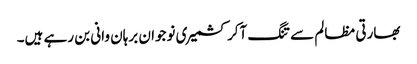
بھارتی مظالم سے تنگ آکر کشمیری نوجوان برہان وانی بن رہے ہیں۔